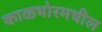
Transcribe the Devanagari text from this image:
काळभोरमधील